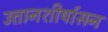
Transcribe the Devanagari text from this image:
उत्तानशीर्षासन